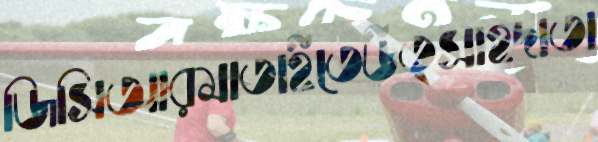
জিসিআরমাতাইতেউত্সাহদাতা